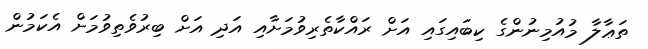
ތަޢާލާ މުއުމިނުންގެ ކިބައިގައި އަށް ރައްކާތެރިވުމަށާއި އަދި އަށް ބިރުވެތިވުމަށް އެކަމުން